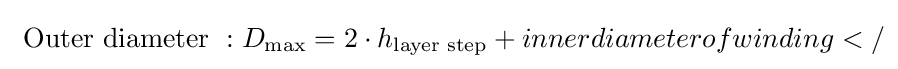
{\text{ Outer diameter }}:D_{\text{max}}=2\cdot h_{\text{layer step}}+innerdiameterofwinding</